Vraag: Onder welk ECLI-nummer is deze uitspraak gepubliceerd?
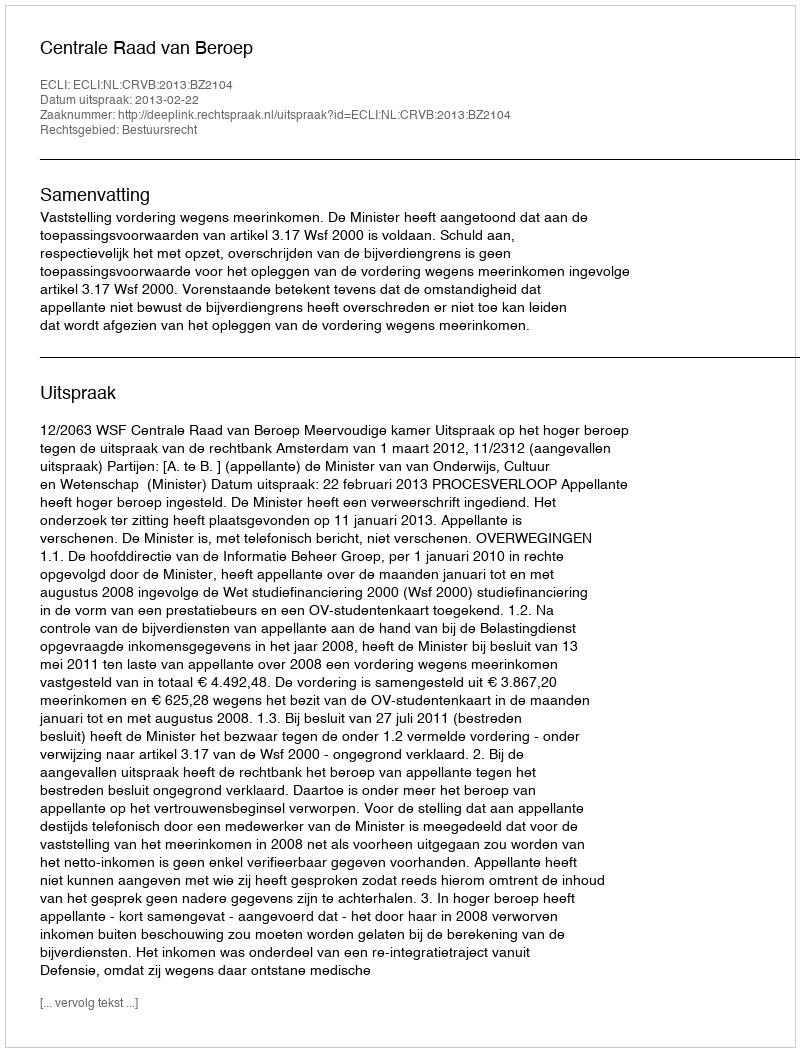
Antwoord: ECLI:NL:CRVB:2013:BZ2104